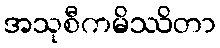
အသုစီကမိဿိတာ